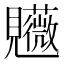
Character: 𧢤